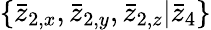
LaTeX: \{ \bar{z}_{2,x},\bar{z}_{2,y},\bar{z}_{2,z}|\bar{z}_{4}\}